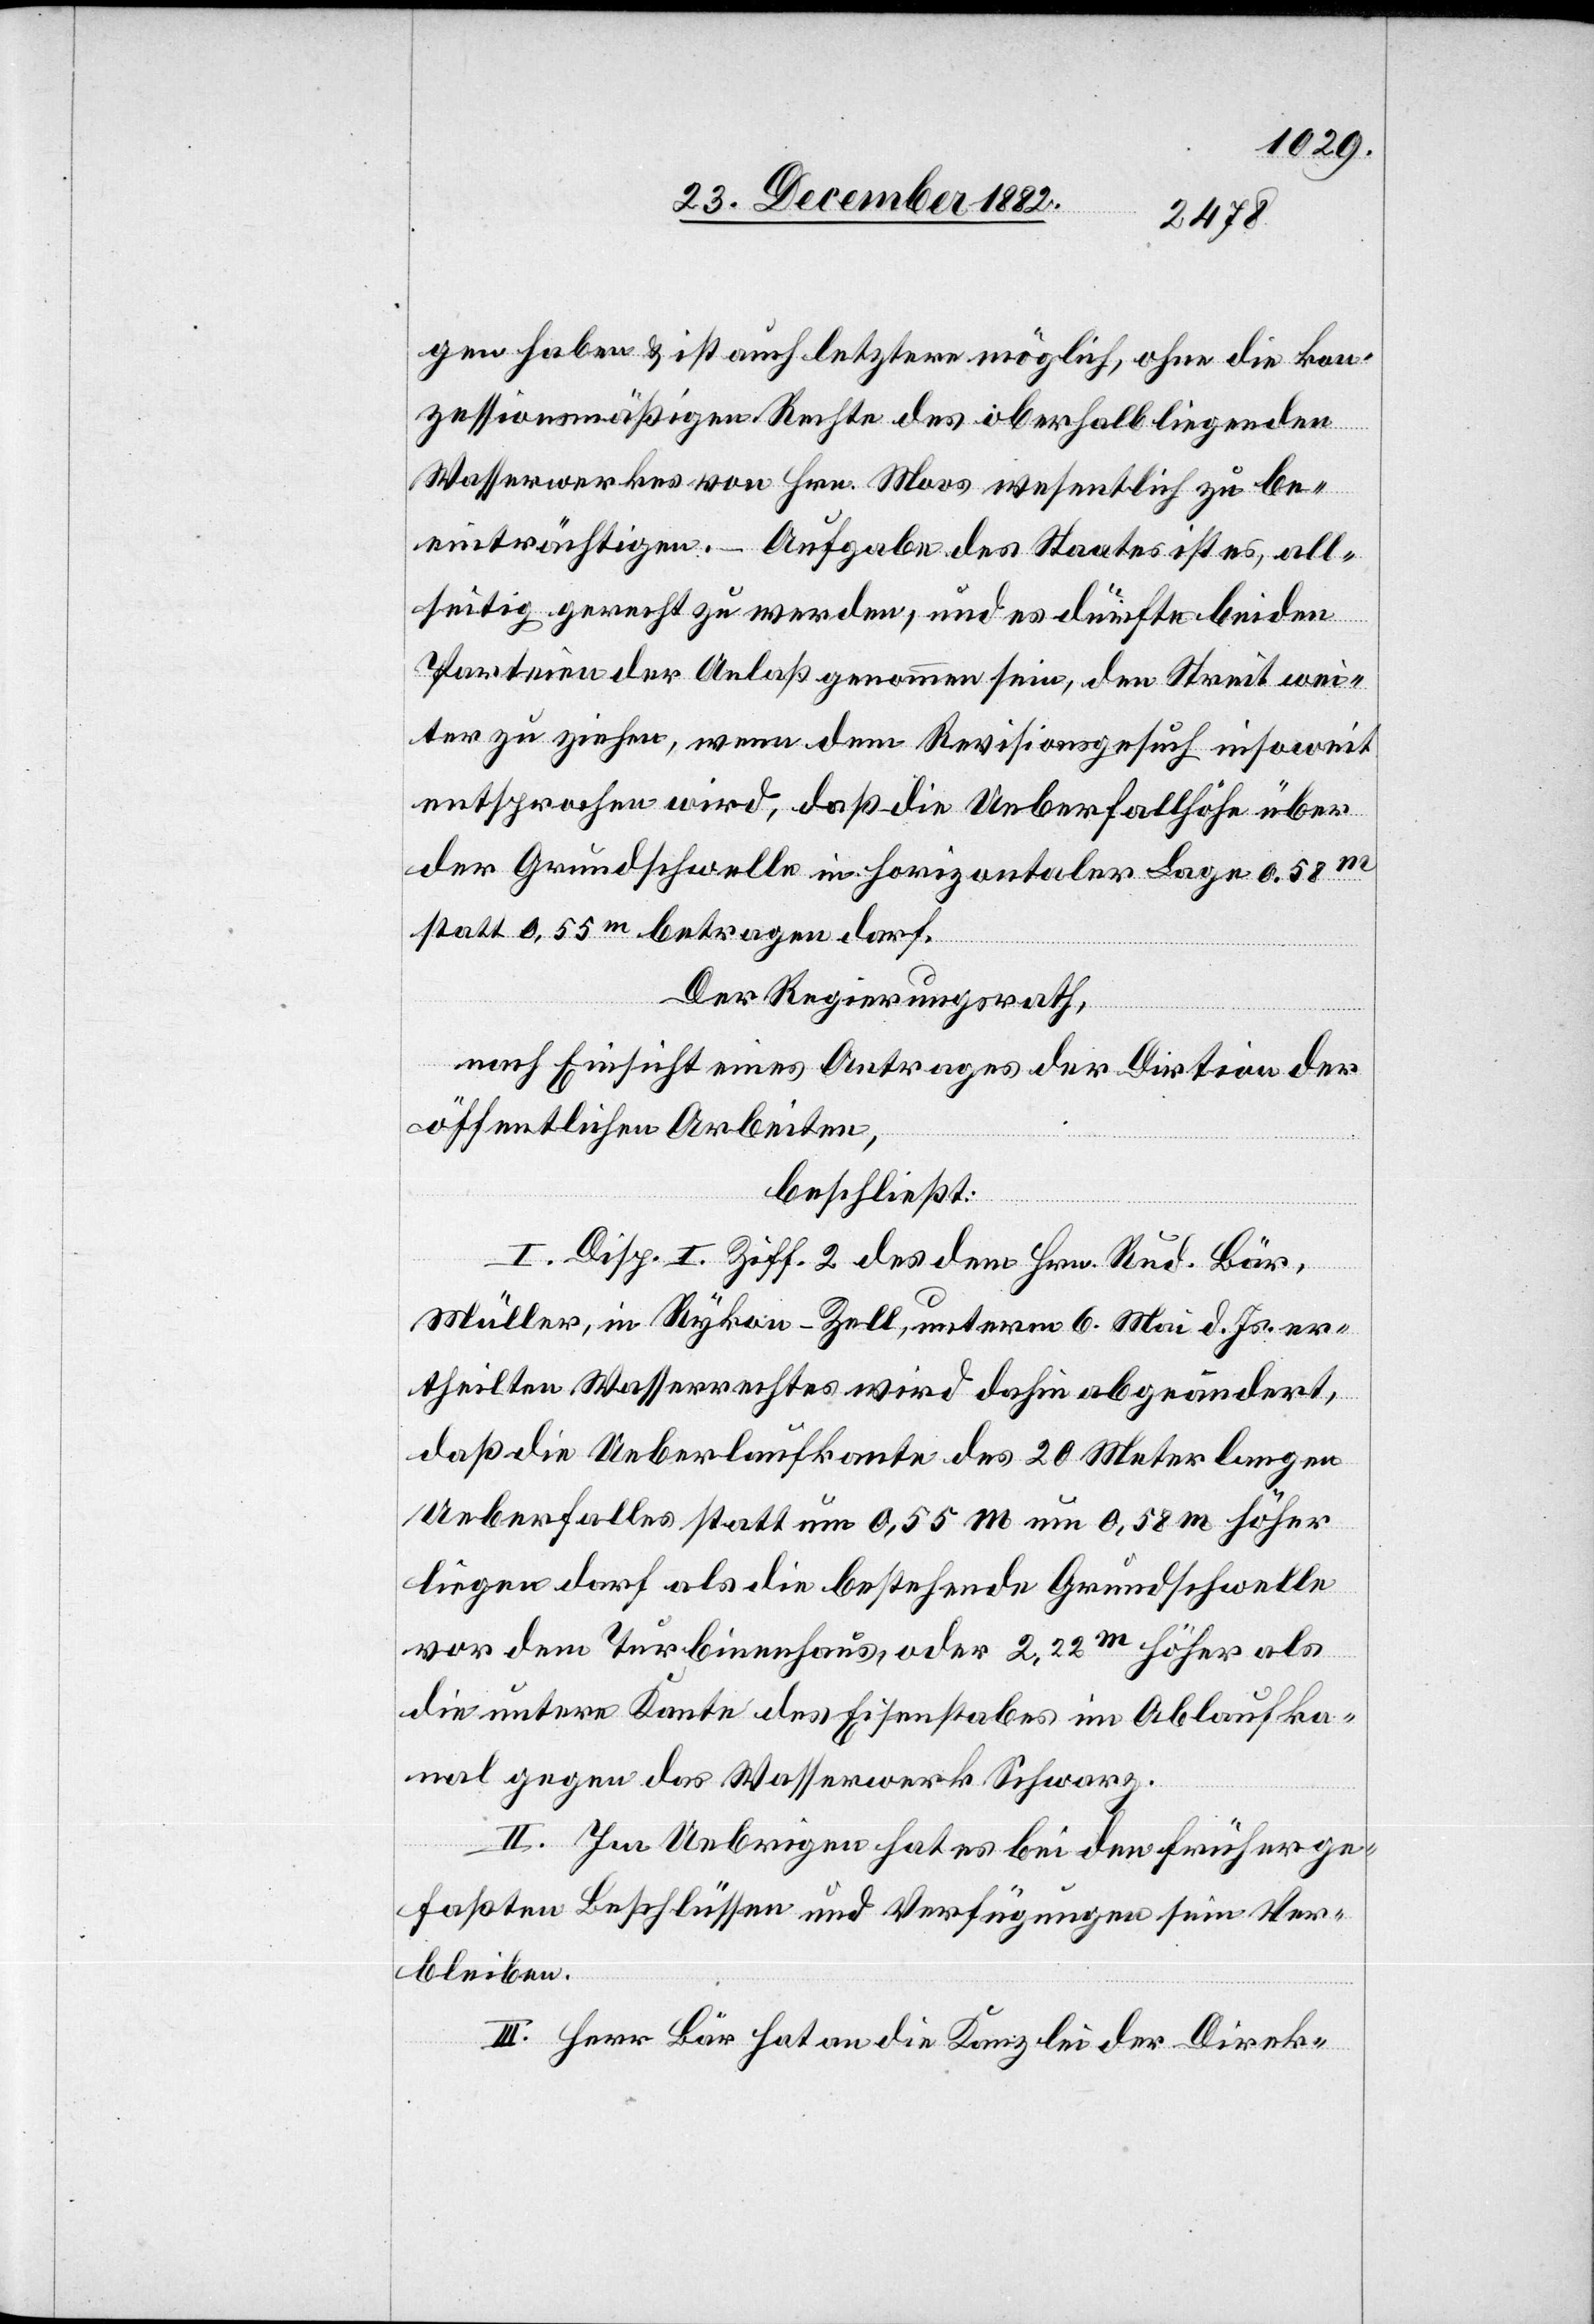
gen haben & es ist auch letztere möglich, ohne die kon¬
zessionsmäßigen Rechte des oberhalb liegenden
Wasserwerkes von Hrn. Moos wesentlich zu be¬
einträchtigen. – Aufgabe des Staates ist es, all¬
seitig gerecht zu werden, und es dürfte beiden
Parteien der Anlaß genommen sein, den Streit wei¬
ter zu ziehen, wenn dem Revisionsgesuch insoweit
entsprochen wird, daß die Ueberfallhöhe über
der Grundschwelle in horizontaler Lage 0,58m
statt 0,55m betragen darf.
Der Regierungsrath,
nach Einsicht eines Antrages der Direktion der
öffentlichen Arbeiten,
beschließt:
I. Disp. I. Ziff. 2 des dem Hrn. Rud. Bär,
Müller, in Rykon - Zell, unterm 6. Mai d. Js. er¬
theilten Wasserrechtes wird dahin abgeändert,
daß die Ueberlaufkante des 20 Meter langen
Ueberfalles statt um 0,55m um 0,58m höher
liegen darf als die bestehende Grundschwelle
vor dem Turbinenhaus, oder 2,22m höher als
die untere kante des Eisenstabes im Ablaufka¬
nal gegen das Wasserwerk Schwarz.
II. Im Uebrigen hat es bei den früher ge¬
faßten Beschlüssen und Verfügungen sein Ver¬
bleiben.
III. Herr Bär hat an die Kanzlei der Direk-